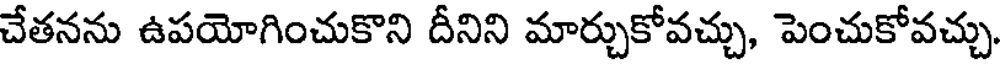
చేతనను ఉపయోగించుకొని దీనిని మార్చుకోవచ్చు, పెంచుకోవచ్చు.